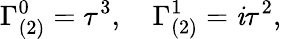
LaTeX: \Gamma_{(2)}^{0}=\tau^{3},\quad\Gamma_{(2)}^{1}=\mathit{i}\tau^{2},